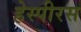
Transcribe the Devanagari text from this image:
हेस्पीरस